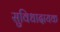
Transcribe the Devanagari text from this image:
सुविधादायक